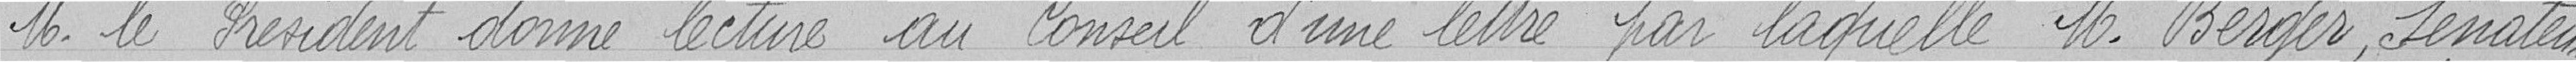
Monsieur le Président donne lecture au Conseil d'une lettre par laquelle Monsieur Berger, sénateur